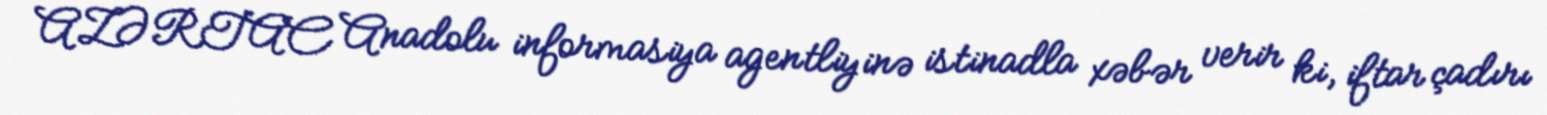
AZƏRTAC Anadolu informasiya agentliyinə istinadla xəbər verir ki, iftar çadırı